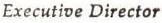
Executive Director